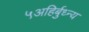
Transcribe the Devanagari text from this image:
५अहिर्बुध्न्य